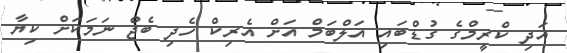
އަދި ކްރީމްގެ ގުޑްބައި އަލްބަމް އަށް އެރިކް ހެދި ބެޖް ނަމަކަށް ކިޔާ